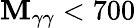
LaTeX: \mathbf{M}_{\gamma\gamma}<700